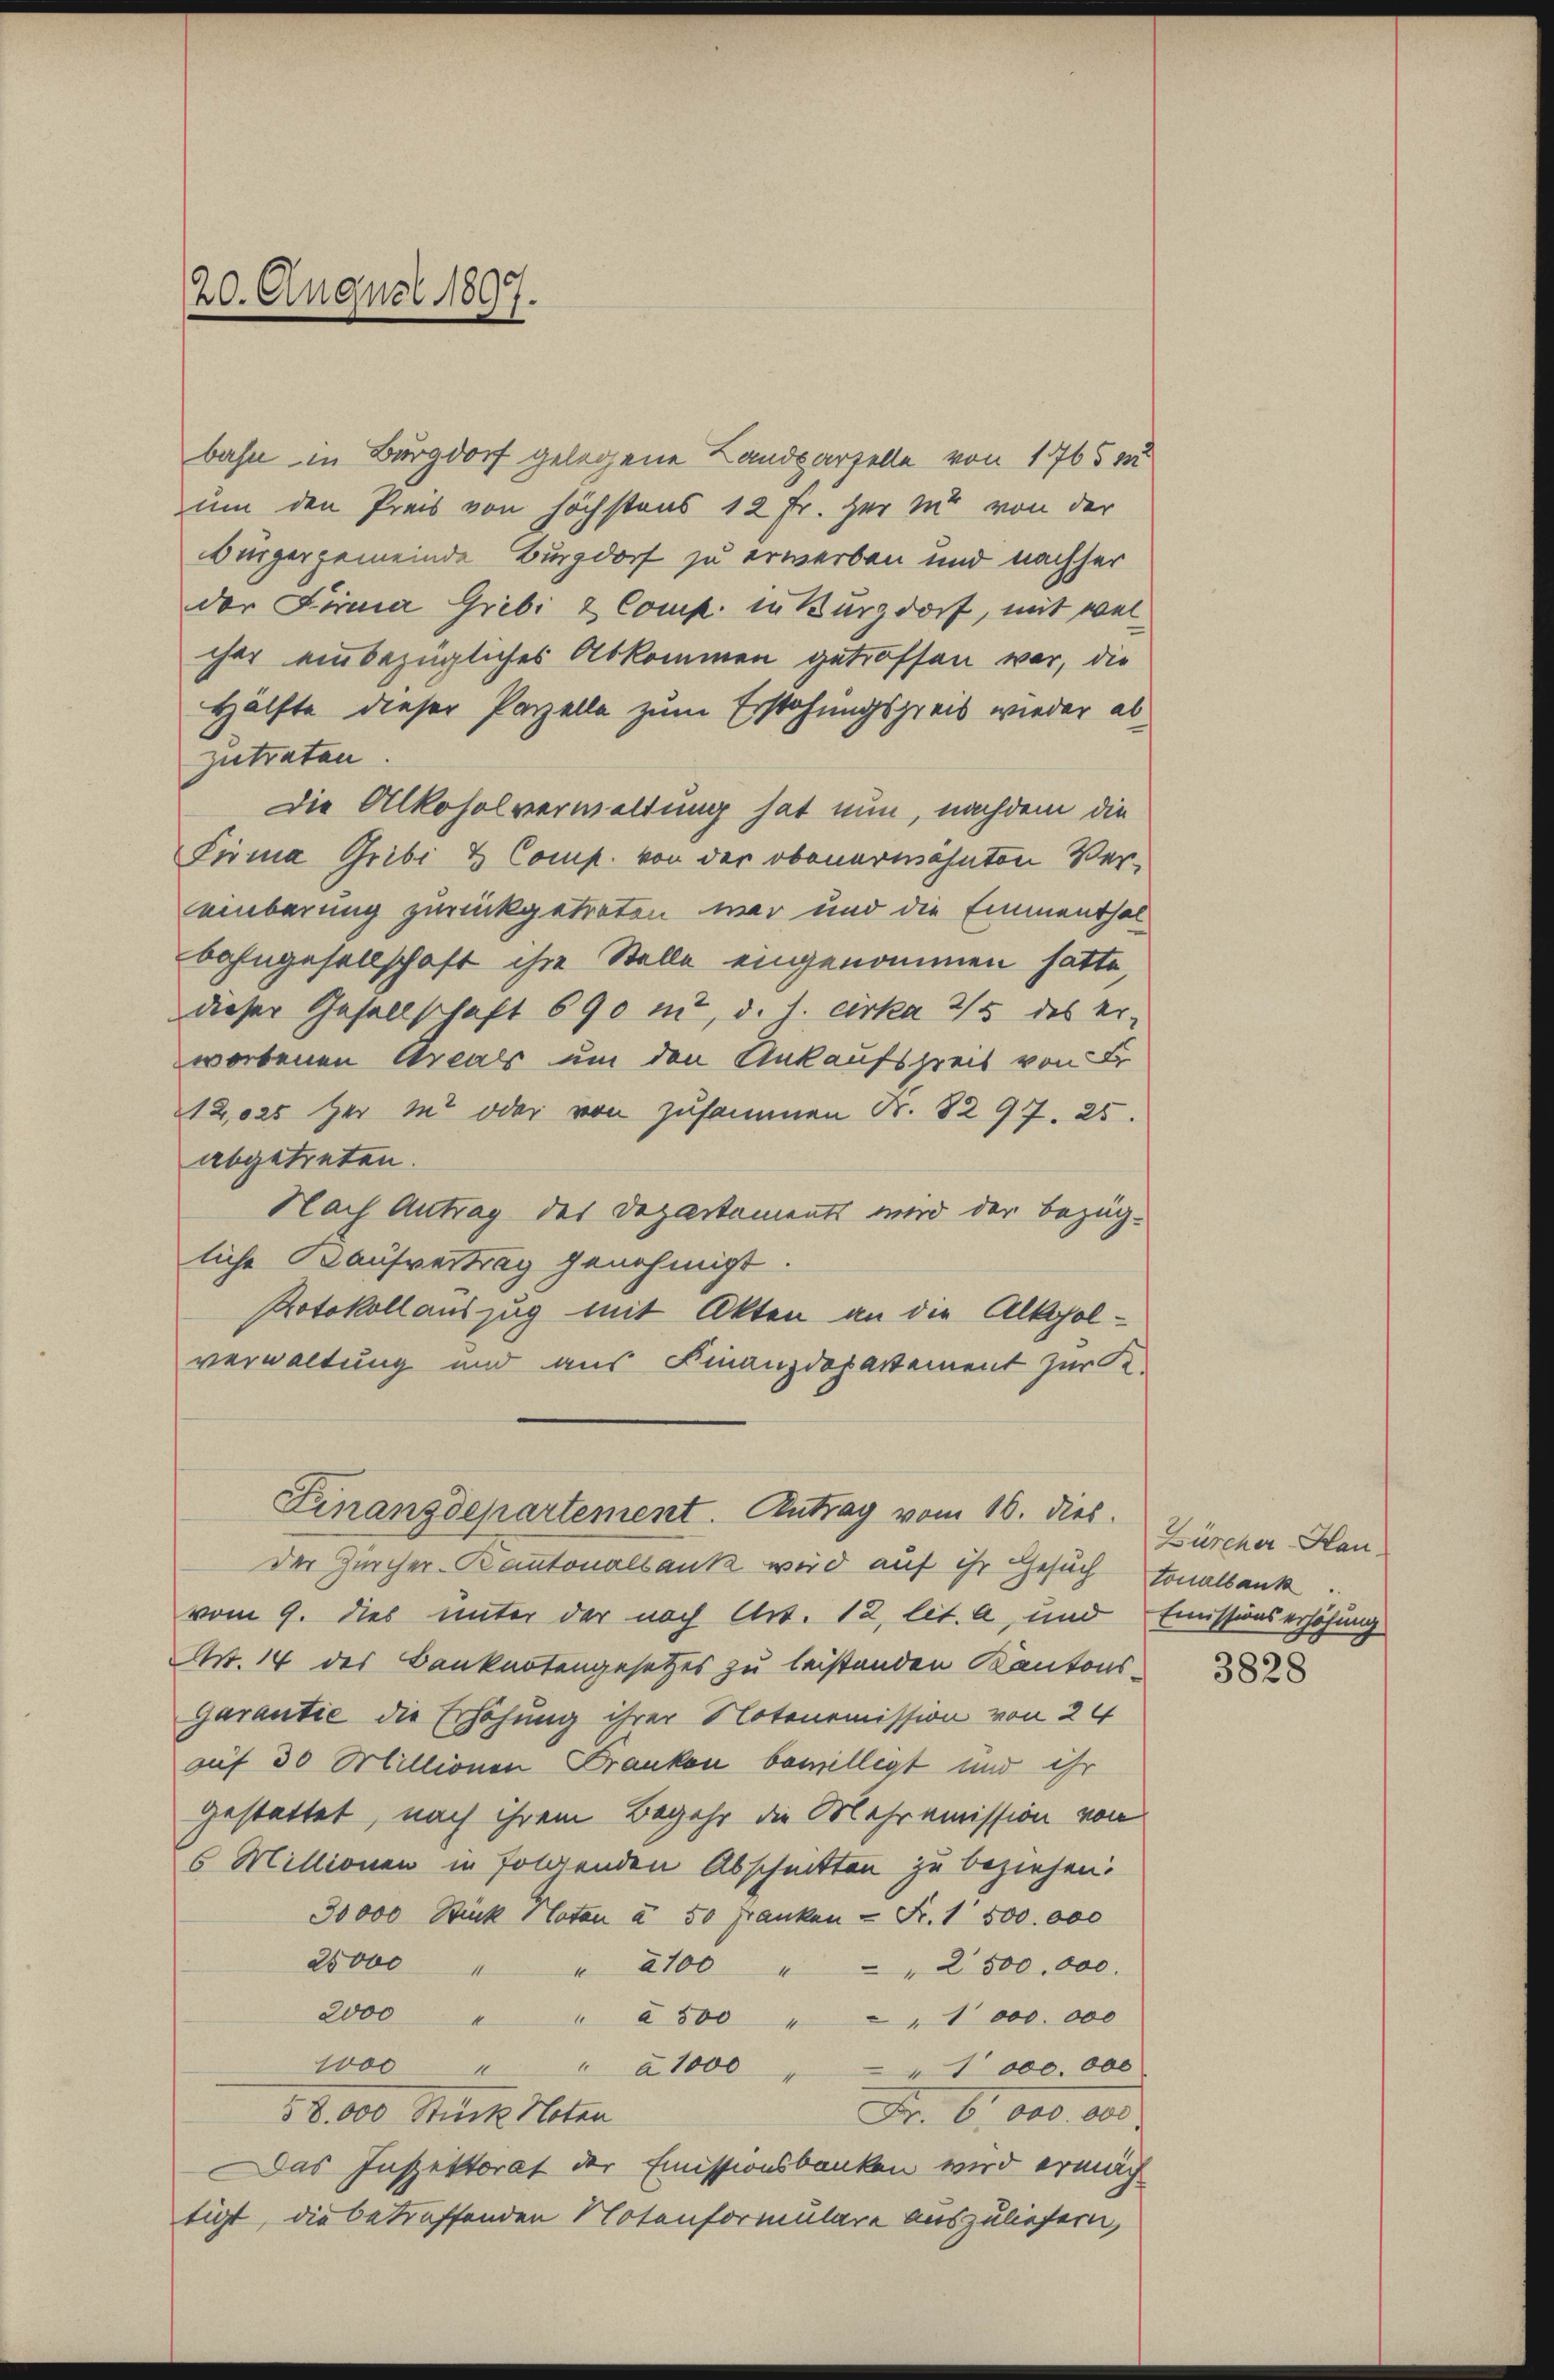
20. August 1897.

bahn in Burgdorf gelegene Landparzelle von 1765 m
um den Preis von höchstens 12 Fr. her in von der
Bürgergemeinde Burgdorf zu erwerben und nachher
der Firma Gribi & Comp. in Kurzdorf, mit wel
cher einbezügliches Abkommen getroffen war, die
Hälfte dieser Parzelle zum Erstehungspreis wieder abzutraten
Die Alkoholverwaltung hat nun, nachdem die
Firma Gribi & Comp. von der obenerwähnten Vereinberung zurückgetreten war und die Emmenthal
bahngesellschaft ihre Stelle eingenommen hätte,
dieser Gesellschaft 690 mt, d. h. cirka 2/5 des er-
worbenen Areals um den Ankaufspreis von Fr
12,000 her in oder von zusammen Nr. 8297. 25.
abgetreten.
Nach Antrag des Departements wird der bezüg-
liche Kaufvertrag genehmigt.
Protokollauszug mit Akten an die Alkoholverwaltung und aus Finanzdepartement zur K
Linanzdepartement. Antrag vom 16. dies
Der Zürcher-Kantonalbank wird auf ihr Gesuch sonalbank
vom 9. dies unter der nach Art. 12, lit. a, und Emissionserhöhung
W. 14 des Banknotengesetzes zu leistenden Kantons¬
Garantie die Erhöhung ihrer Notonomission von 24
auf 30 Millionen Franken bewilligt und ihr
gestattet, nach ihrem Begehr die Mehramission von
6 Millionen in folgenden Abschnitten zu beziehen.
30000 Stück Noten à 50 Franken - Fr. 1 500.000
20000 " " 2100 " " " 2500.000.
2000 " " " 500 " " 1000. 000
woc " " à 1000 " " 1000. 000
Fr. 6. 800. 000.
38.000 Stück Noten
DDas Inspektorat der Emissionsbanken wird ermäch
tigt, die betreffenden Notenformulare auszuliefern,

Zürcher-Hau

3828